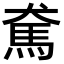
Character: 𩡷